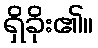
ရှိခိုး၏။